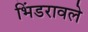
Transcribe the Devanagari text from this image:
भिंडरावले